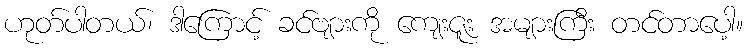
ဟုတ်ပါတယ်၊ ဒါကြောင့် ခင်ဗျားကို ကျေးဇူး အများကြီး တင်တာပေါ့။